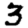
Digit: 3